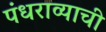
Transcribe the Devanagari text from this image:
पंधराव्याची